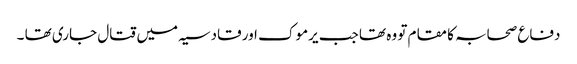
دفاع صحابہ کا مقام تو وہ تھا جب یرموک اور قادسیہ میں قتال جاری تھا ۔